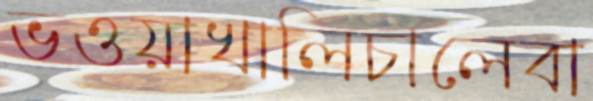
ভওয়াখালিচালেবা